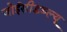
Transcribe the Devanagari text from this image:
जोईसीडब्ल्यू